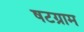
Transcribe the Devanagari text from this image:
षटग्राम